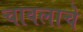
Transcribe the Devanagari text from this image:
चावलाचे